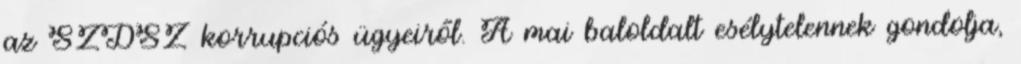
az SZDSZ korrupciós ügyeiről. A mai baloldalt esélytelennek gondolja,